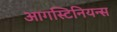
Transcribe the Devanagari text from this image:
आगस्टिनियन्स